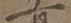
一